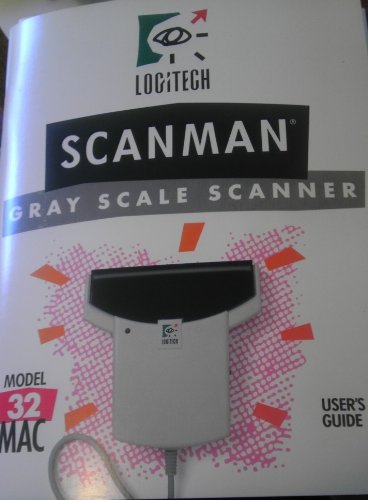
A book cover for LOGITECH CATCHWORD PRO - OCR-Optical Character Recognition Software USER'S GUIDE; LOGITECH; Computers & Technology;